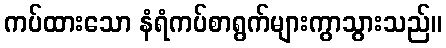
ကပ်ထားသော နံရံကပ်စာရွက်များကွာသွားသည်။